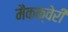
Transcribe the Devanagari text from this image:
मैकक्वेरी